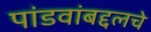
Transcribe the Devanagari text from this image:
पांडवांबद्दलचे